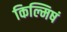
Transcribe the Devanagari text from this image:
किल्मिषं